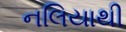
નલિયાથી